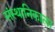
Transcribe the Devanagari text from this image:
संस्थानिकाला